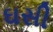
ઘસી